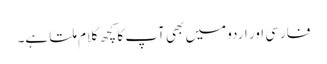
فارسی اور اردو میں بھی آپ کا کچھ کلام ملتا ہے۔